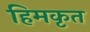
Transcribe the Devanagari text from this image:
हिमकृत